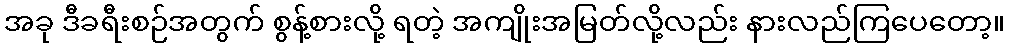
အခု ဒီခရီးစဉ်အတွက် စွန့်စားလို့ ရတဲ့ အကျိုးအမြတ်လို့လည်း နားလည်ကြပေတော့။